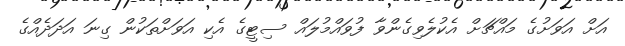
އަށް އަވަށުގެ މައްޗަށް އެކުލެވިގެންވާ ފުވައްމުލައް ސިޓީގެ އެކި އަވަށްތަކުން ގިނަ އަދަދެއްގެ